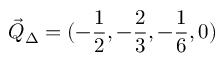
\vec { Q } _ { \Delta } = ( - \frac { 1 } { 2 } , - \frac { 2 } { 3 } , - \frac { 1 } { 6 } , 0 )